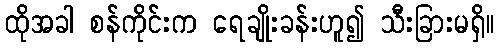
ထိုအခါ စန်ကိုင်းက ရေချိုးခန်းဟူ၍ သီးခြားမရှိ။